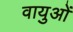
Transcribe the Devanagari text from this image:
वायुओं